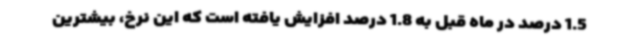
1.5 درصد در ماه قبل به 1.8 درصد افزایش یافته است که این نرخ، بیشترین